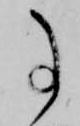
事